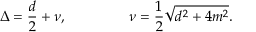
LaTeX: \Delta = { \frac { d } { 2 } } + \nu , ~ ~ ~ ~ ~ ~ ~ ~ ~ ~ ~ ~ ~ \nu = { \frac { 1 } { 2 } } \sqrt { d ^ { 2 } + 4 m ^ { 2 } } .